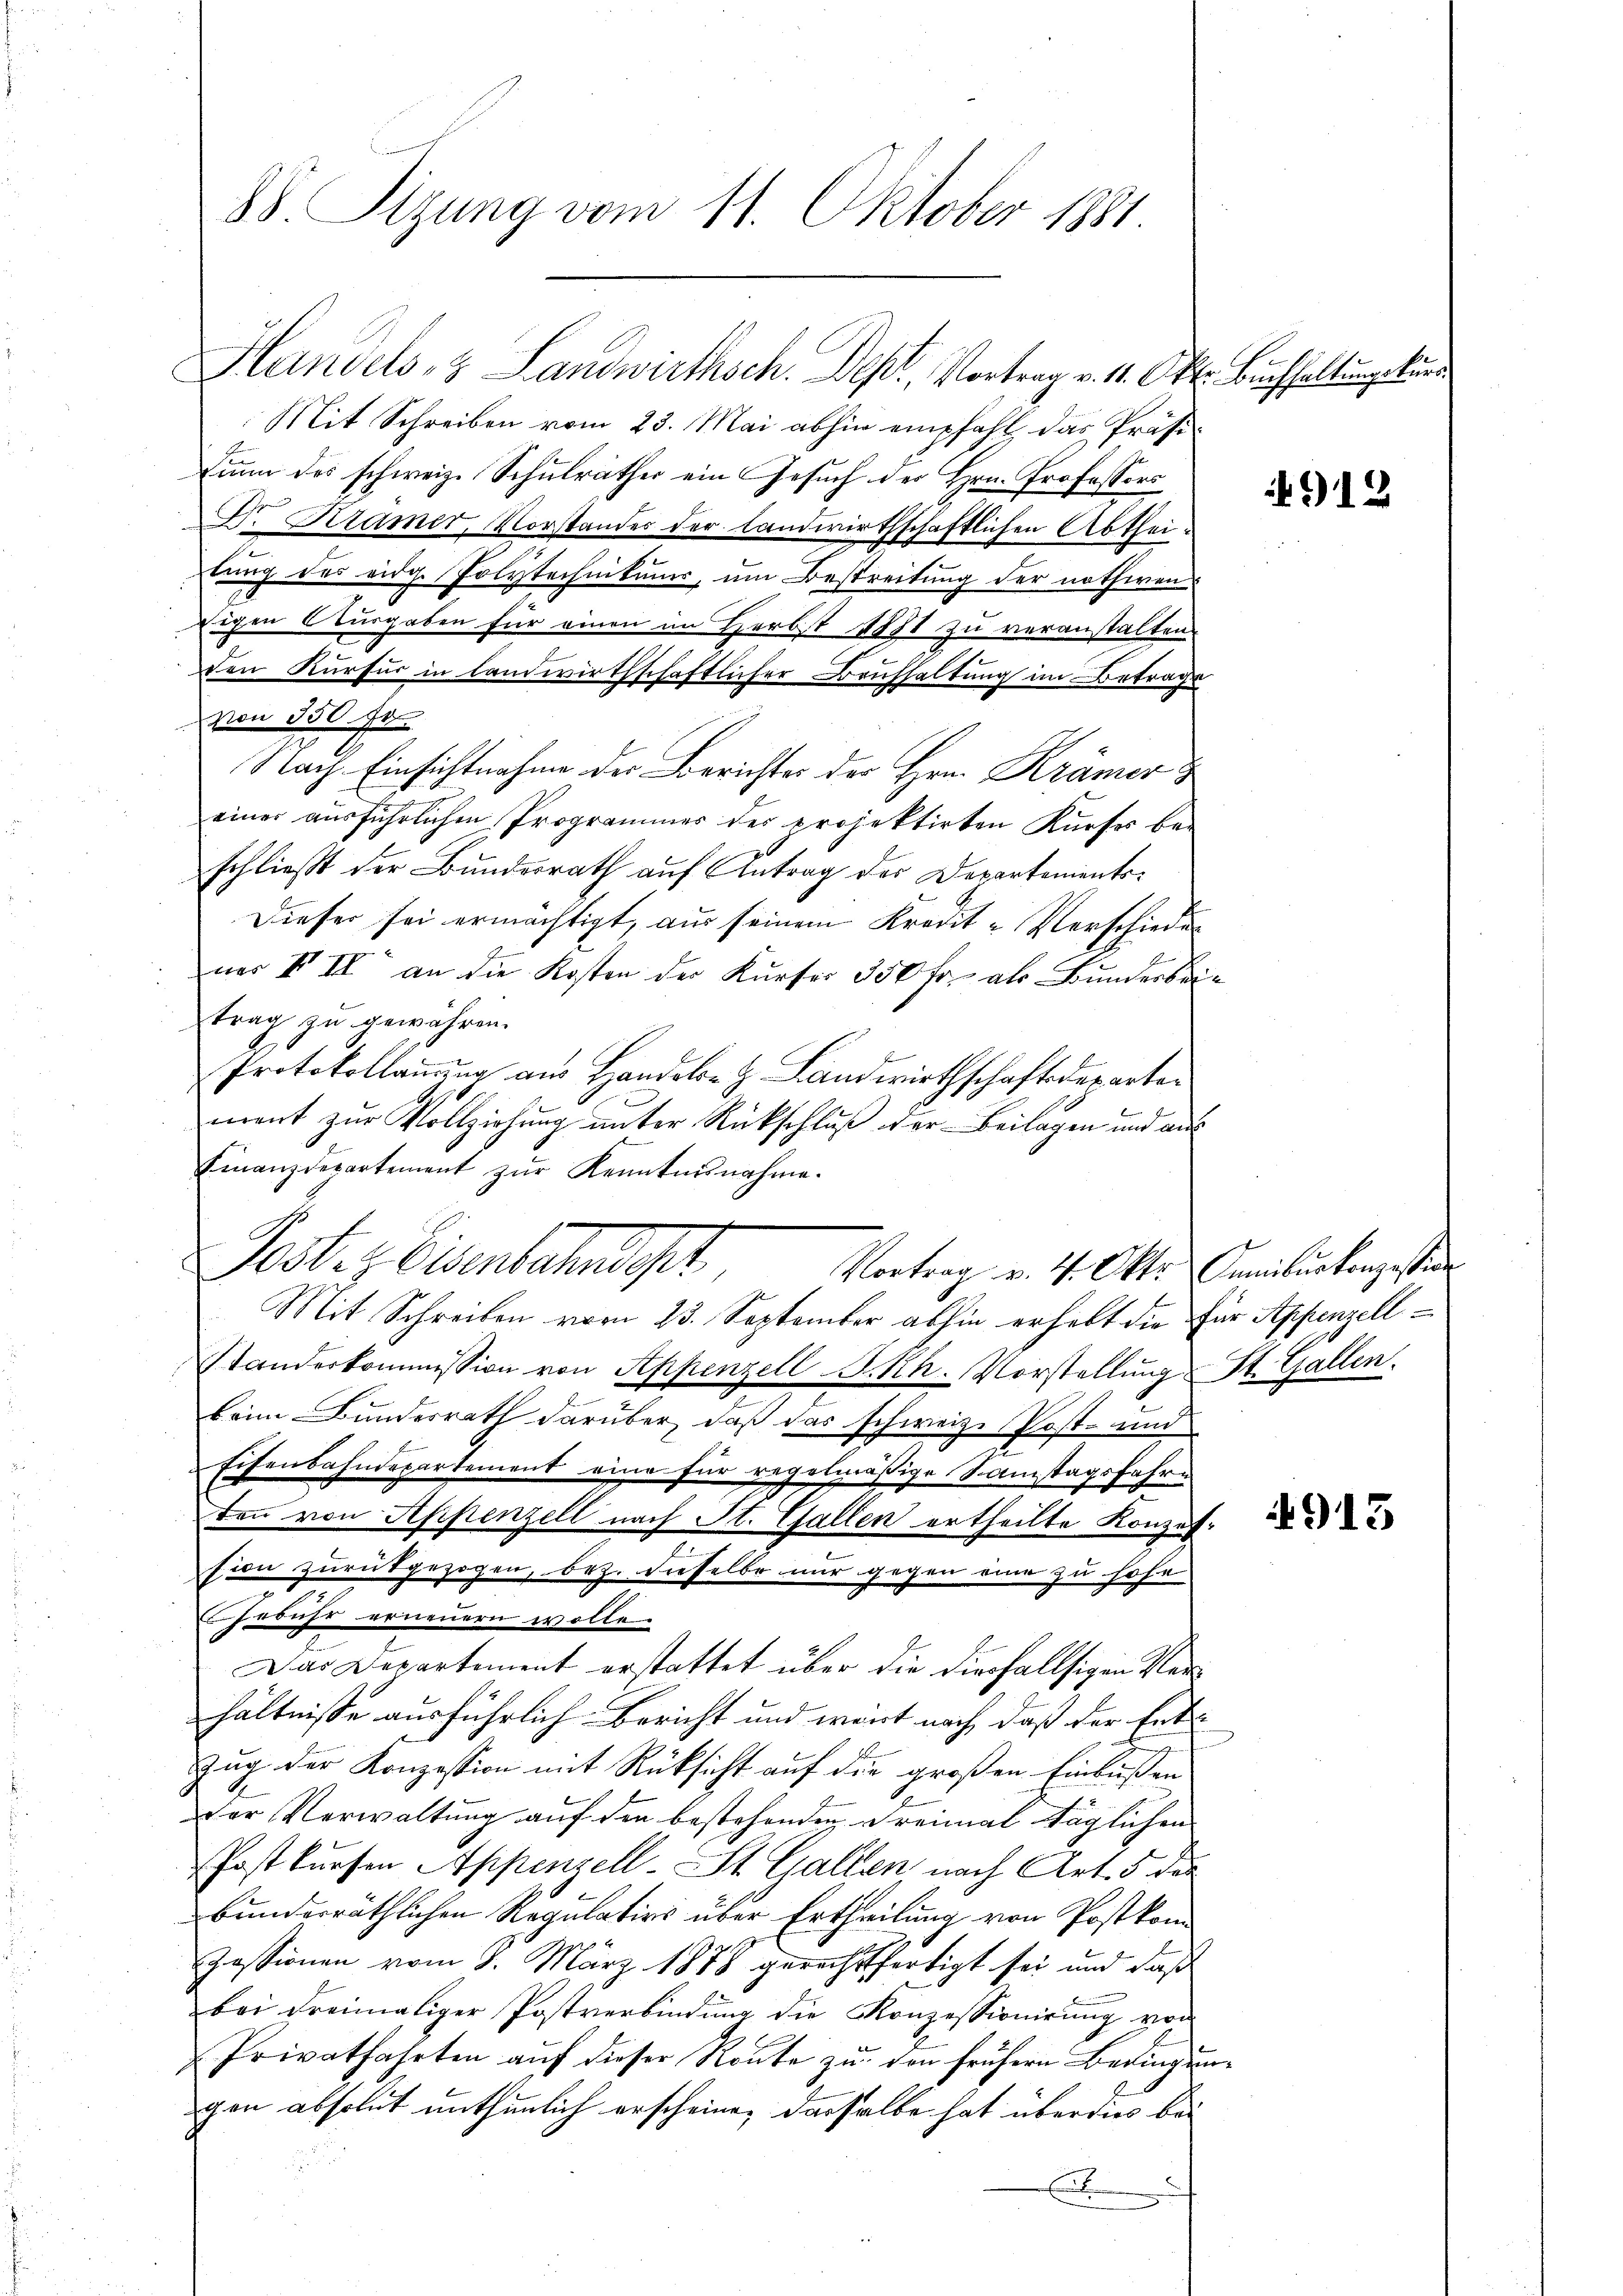
88 Sitzung vom 11. Oktober 1881.

Handels- & Landwirthsch. Depl, Vortrag v. 4. Okt. Buchhaltungskurs
Mit Schreiben vom 23. Mai abhin empfahl das Präsi¬
Finn des schweiz. Schulräther ein Gesuch der Hrn. Professors
Dr. Kramer, Vorstandes der Landwirthschaftlichen Abtheitung des eidg. Polytechnikums, um Bestreitung der nothwenichen Ausgaben für einen im Herbst 1881 zu veranstalten.
den Kursur in landwirthschaftlicher Bruchhaltung im Betrage
von 350 fr.
Nach Einsichtnahme der Berichter der Hrn. Krämer
einer ausführlichen Programmer der projektirten Kurfes beschließt der Bundesrath auf Antrag der Departements¬
Dieser sei ermächtigt, aus seinem Kredit-Verschieder
ner IV II an die Kosten der Kurser 350 fr. als Bunderba
trag zu gewähren.
Protokollanung aus Handels- & Landwirthschaftsdepartemant zur Vollziehung unter Rückschluß der Beilagen und aus
Finanzdepartement zŭr Kenntnisnahme.
Poster Eisenbahnst
Mit Schreiben vom 23. September abhin erhebt die Für Appenzell
standeskommission von Appenzell I.Rh. Vorstellung
beim Bundesrath darüber, daß das schweiz. Post- und
Eisenbahndepartement eine für regelmäßige Samstagsfahre
denn von Appenzell nach St. Gallen ertheilte Konzession zurückgezogen, bez. dieselbe nur gegen eine zu hohe
Gebühr erneuern wolle.
Das Departement erstattet über die diesfallsigen Verhältnisse ausführlich Bericht und wart nach, daß der Ent-
Zug der Konzession mit Rücksicht auf die großen Einbußen
der Verwaltung auf den bestehenden Dreimal täglichen
Post kürfen Appenzell. St. Gallen nach Art. 5 des
bunderräthlichen Regulativs über Ertheilung von Postkom¬
Zessionen vom 9. März 1878 gerechtfertigt sei und daß
bei dreimaliger Postverbindung die Konzessionirung von
Privatfahrten auf dieser Route zu den frühern Bedingen
gen absolut unthunlich erscheine, dasselbe hat über dies be¬
E

Vortrag v. 4. Oktr. Camisurkonzession

912

St. Gallen.

4913